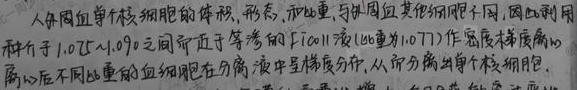
人外周血单个核细胞的体积、形态、比重,与外周血其他细胞不同,因此利用一种介于$1.075\text{~}1.090$之间近于等渗的Ficoll液(比重为$1.077$)作密度梯度离心,离心后不同比重的血细胞在分离液中呈梯度分布,从而分离出单个核细胞.